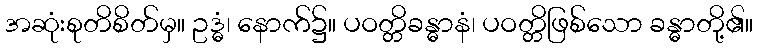
အဆုံးစုတိစိတ်မှ။ ဥဒ္ဓံ၊ နောက်၌။ ပဝတ္တိခန္ဓာနံ၊ ပဝတ္တိဖြစ်သော ခန္ဓာတို့၏။